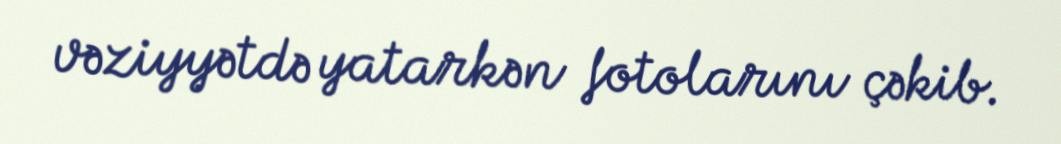
vəziyyətdə yatarkən fotolarını çəkib.